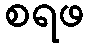
စရဖ